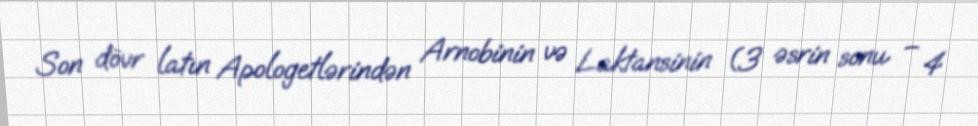
Son dövr latın Apologetlərindən Arnobinin və Laktansinin (3 əsrin sonu – 4